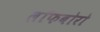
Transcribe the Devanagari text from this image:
लॉफबोरो